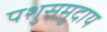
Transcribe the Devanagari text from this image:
पशुसमुदाय